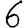
Digit: 6